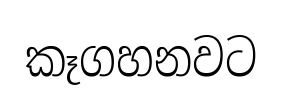
කෑගහනවට